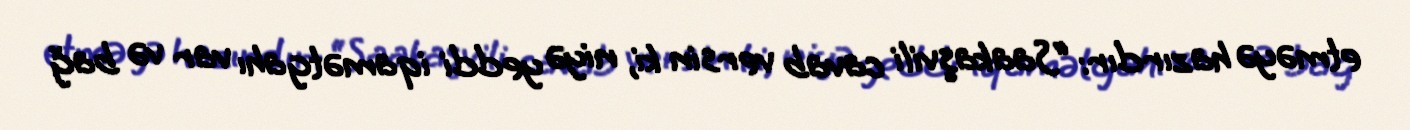
etməyə hazırdır: “Saakaşvili cavab versin ki, niyə yeddi iqamətgahı var və bağ